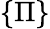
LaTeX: \{ \Pi\}